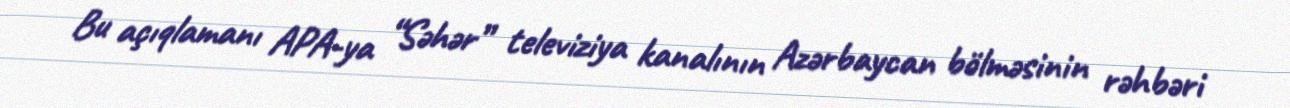
Bu açıqlamanı APA-ya “Səhər” televiziya kanalının Azərbaycan bölməsinin rəhbəri